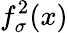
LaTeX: f_{\sigma}^{2}(x)